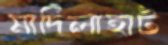
মাদিলাহাট